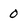
Character: 0